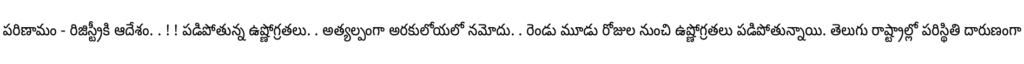
పరిణామం - రిజిస్ట్రీకి ఆదేశం. . ! ! పడిపోతున్న ఉష్ణోగ్రతలు. . అత్యల్పంగా అరకులోయలో నమోదు. . రెండు మూడు రోజుల నుంచి ఉష్ణోగ్రతలు పడిపోతున్నాయి. తెలుగు రాష్ట్రాల్లో పరిస్థితి దారుణంగా